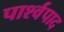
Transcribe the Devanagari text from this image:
पार्श्वपाद